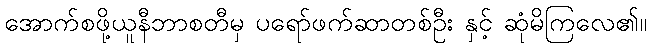
အောက်စဖို့ယူနီဘာစတီမှ ပရော်ဖက်ဆာတစ်ဦး နှင့် ဆုံမိကြလေ၏။